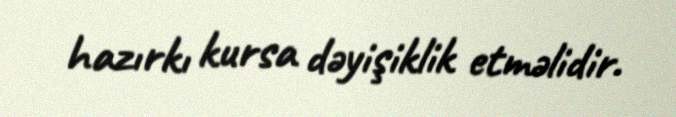
hazırkı kursa dəyişiklik etməlidir.